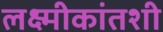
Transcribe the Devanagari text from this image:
लक्ष्मीकांतशी